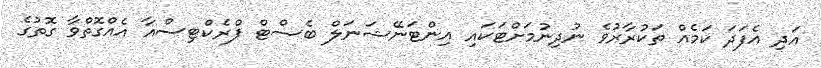
އަދި އެފަދަ ކަމެއް ތަކުރާރުވެ ނުދިނުމަށްޓަކައި އިންޓަނޭޝަނަލް ބެސްޓް ޕްރެކްޓިސްއާ އެއްގޮތްވާ ގޮތުގެ